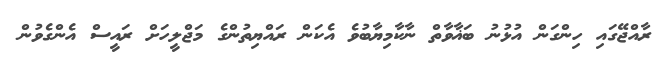
ރާއްޖޭގައި ހިންގަން އުޅުނު ބަޣާވާތް ނާކާމިޔާބުވެ އެކަން ރައްޔިތުންގެ މަޖްލީހަށް ރައީސް އެންގެވުން